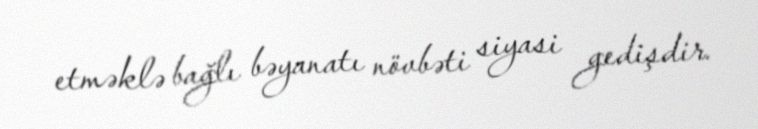
etməklə bağlı bəyanatı növbəti siyasi gedişdir.